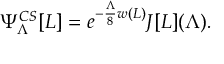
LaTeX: \Psi _ { \Lambda } ^ { C S } [ L ] = e ^ { - { \frac { \Lambda } { 8 } } w ( L ) } J [ L ] ( \Lambda ) .